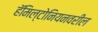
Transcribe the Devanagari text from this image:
हॅमिल्टोनियनवरील